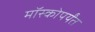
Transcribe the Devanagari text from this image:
मॉस्कोपर्यंत